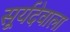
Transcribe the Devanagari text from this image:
सूर्यदेवाला